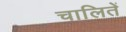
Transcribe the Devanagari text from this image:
चालितें